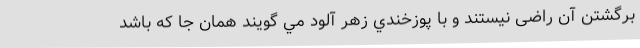
برگشتن آن راضی نیستند و با پوزخندي زهر آلود مي گويند همان جا که باشد